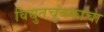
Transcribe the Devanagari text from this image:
विद्युतचुंबकाचा